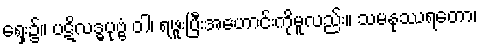
ရှေး၌။ ပဋိလဒ္ဓပုဗ္ဗံ ဝါ၊ ရဖူးပြီးအဟောင်းကိုမူလည်း။ သမနုဿရတော၊